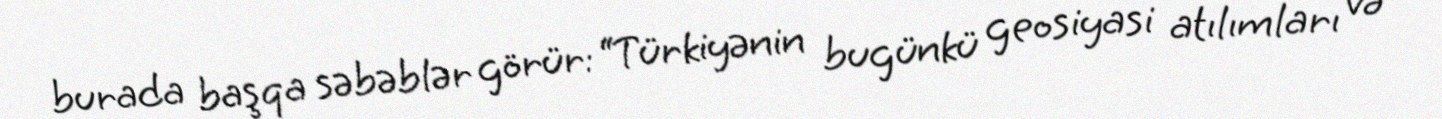
burada başqa səbəblər görür: “Türkiyənin bugünkü geosiyasi atılımları və